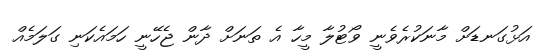
އަޅުގަނޑަށް މާނަކުރެވެނީ ވޯޓުލާ މީހާ އެ ތަނަށް ދާން ޖެހޭނީ ހަމައެކަނި ގަލަމެއް